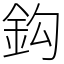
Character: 鈎